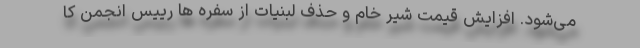
می‌شود. افزایش قیمت شیر خام و حذف لبنیات از سفره ها رییس انجمن کا